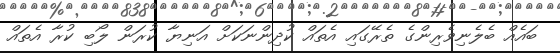
ބައެއް ބެލެނިވެރިންގެ ތެރޭގައި އެތައް ކުދިންނަކަށް އަނިޔާ ކުރަން ލޯބި ކުރާ އެތައް